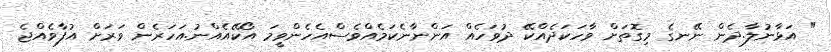
" އަޅާނުލާ.ދެން ނޭނގެ މިގޮތަށް ވާހަކަދެއްކޭ ދުވަހެއް އަންނާނެކަމެއްވެސްއެހެންވީމަ އޯކޭއެއްނު.އަހަރެން ވަރަށް އުފާވެއްޖެ